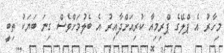
މިހާރު އެ ޕްލޭގެ ޕްރިމިއާ ކުރިއަށްދާއިރު އެ ބެލުމަށްވެސް ގިނަ ބަޔަކު ތިބީ